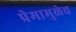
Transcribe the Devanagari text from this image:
प्रेमामुळेच